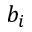
b _ { i }